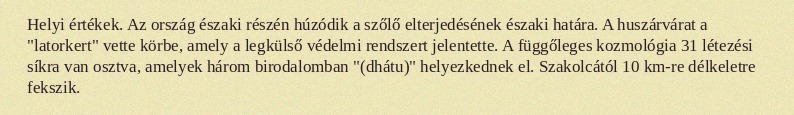
Helyi értékek. Az ország északi részén húzódik a szőlő elterjedésének északi határa. A huszárvárat a "latorkert" vette körbe, amely a legkülső védelmi rendszert jelentette. A függőleges kozmológia 31 létezési síkra van osztva, amelyek három birodalomban "(dhátu)" helyezkednek el. Szakolcától 10 km-re délkeletre fekszik.